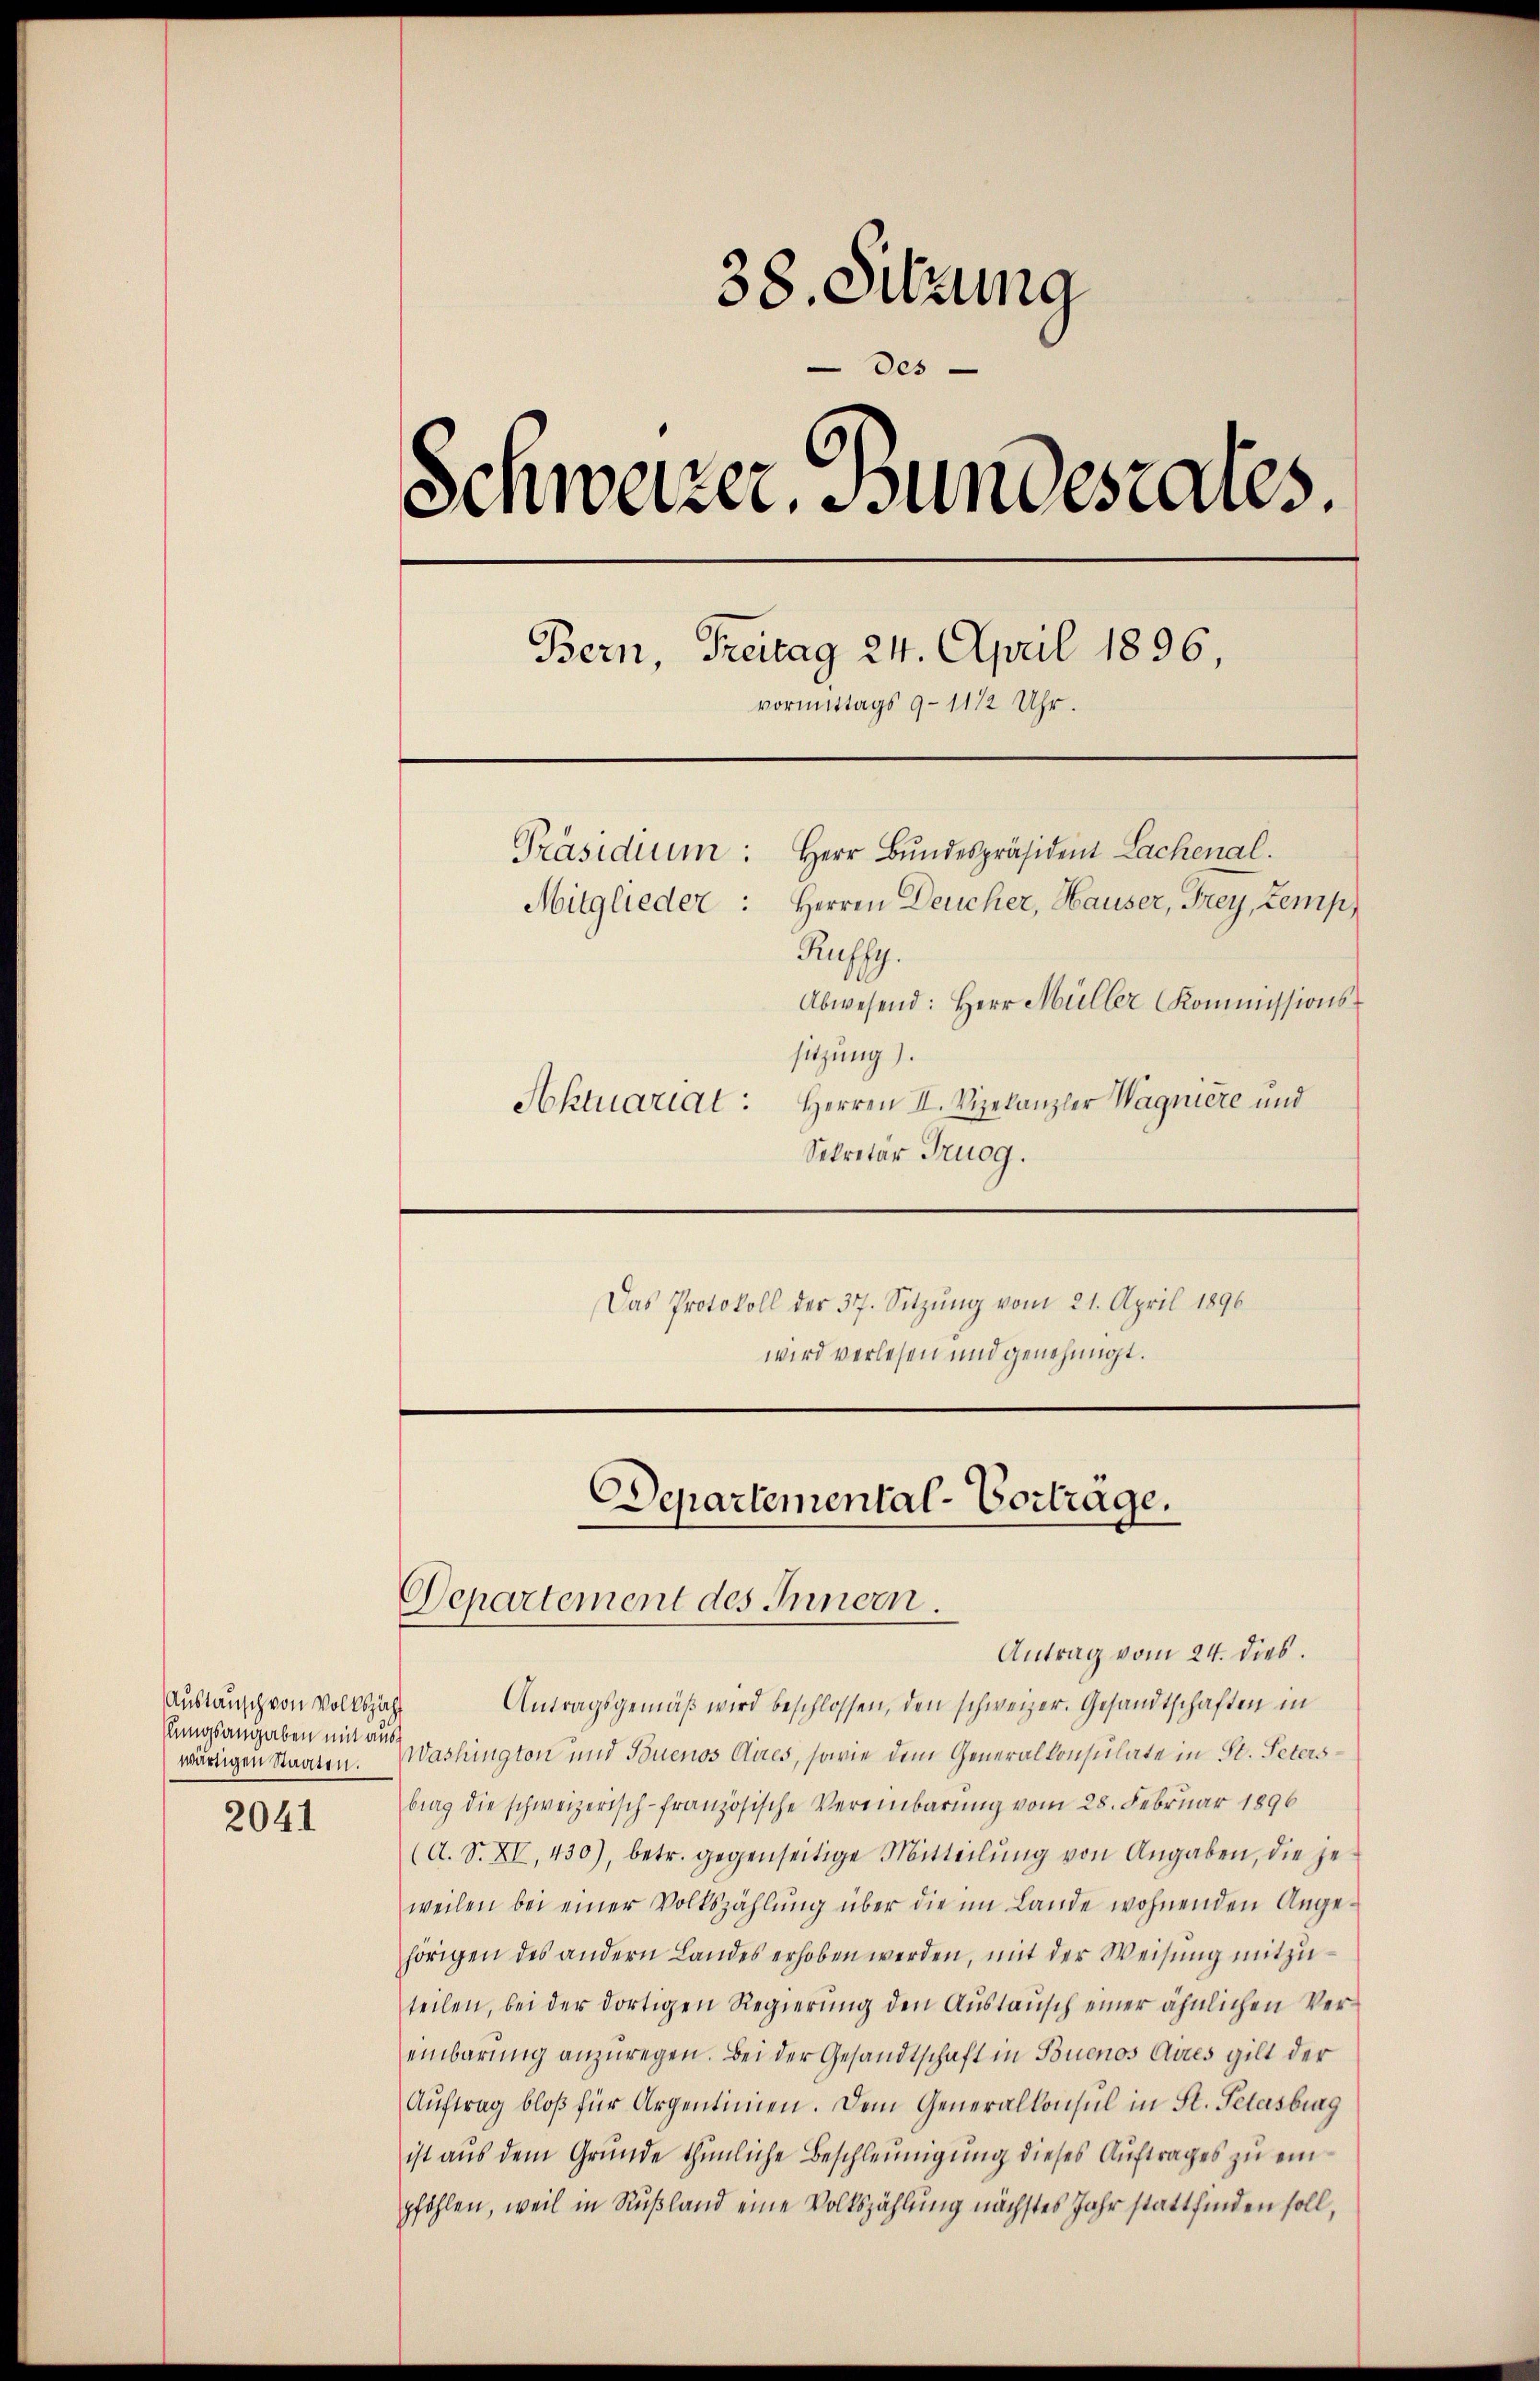
Austausch von Volkszäh
klungsangaben mit auswärtigen Staaten.
2041

38. Sitzung
des
Schweizer. Bundesrates.
Bern, Freitag 24. April 1896
vormittags 9-11 1/2 Uhr.
Präsidium: Herr Bŭndespräsident Lachenal.
Mitglieder: Herren Deucher, Hauser, Frey, Zemp,
Ruffy.
Abwesend: Herr Müller Kommissions-
sitzung).
Aktuariat: Herren I. Vizekanzler Wagniere und

Departemental-Vortrage.
Departement des Innern.
Antrag vom 24. dies.

Sekretär Trugg.
Das Protokoll der 37. Sitzung vom 21. April 1896
wird verlesen und genehmigt.

Antragsgemäβ wird beschlossen, den schweizer. Gesandtschaften in
Washington und Buenos Aires, sowie dem Generalkonsulate in St. Petersbrag die schweizerisch-französische Vereinbarung vom 28. Februar 1896
(A. S. XV, 430), betr. gegenseitige Mitteilŭng von Angaben, die geweilen bei einer Volkszählŭng über die im Lande wohnenden Ange-
hörigen des andern Landes erhoben werden, mit der Weisung mitzuteilen, bei der dortigen Regierŭng den Aŭstaŭsch einer ähnlichen Ver-
einbarung anzuregen. Bei der Gesandtschaft in Buenos Aires gilt der
Aŭftrag bloβ für Argentinien. Dem Generalkonsul in St. Petersburg
ist aus dem Grunde thunliche Beschleunigung dieses Auftrages zu einpföhlen, weil in Rußland eine Volkszählung nächstes Jahr stattfinden soll,